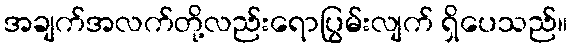
အချက်အလက်တို့လည်းရောပြွမ်းလျက် ရှိပေသည်။